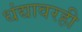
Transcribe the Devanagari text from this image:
धंद्यावरही